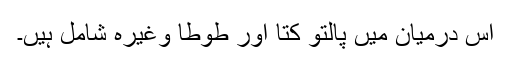
اس درمیان میں پالتو کتا اور طوطا وغیرہ شامل ہیں۔